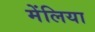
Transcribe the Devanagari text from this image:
मेंलिया